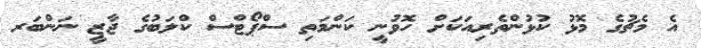
އެ މެޗުގެ މޮޅު ކުޅުންތެރިއަކަށް ހޮވުނީ ކަންމަތި ސްޕޯޓްސް ކްލަބުގެ ޖާޒީ ނަންބަރ